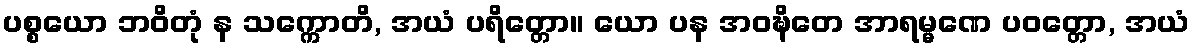
ပစ္စယော ဘဝိတုံ န သက္ကောတိ, အယံ ပရိတ္တော။ ယော ပန အဝဍ္ဎိတေ အာရမ္မဏေ ပဝတ္တော, အယံ